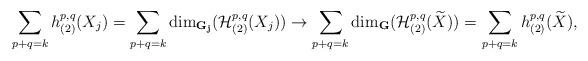
LaTeX: \begin{align*} \sum\limits_{p+q=k} h^{p,q}_{(2)}(X_j) = \sum\limits_{p+q=k}{\rm dim}_\mathbf{G_j}(\mathcal{H}^{p,q}_{(2)}(X_j)) \rightarrow\sum\limits_{p+q=k}{\rm dim}_\mathbf{G}(\mathcal{H}^{p,q}_{(2)}(\widetilde{X})) = \sum\limits_{p+q=k} h^{p,q}_{(2)}(\widetilde{X}),\end{align*}